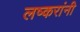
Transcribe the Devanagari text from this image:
लष्करांनी